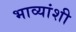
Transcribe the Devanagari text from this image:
भाव्यांशी